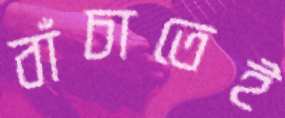
বাঁচাতেই